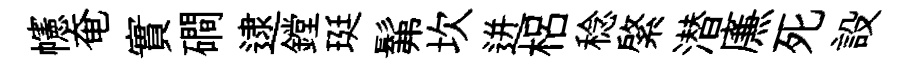
幰奄實磵逮鏜珽髴坎迸梠稔綮潜㢘死設